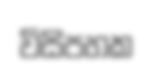
විසිපහක